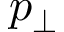
p _ { \perp }